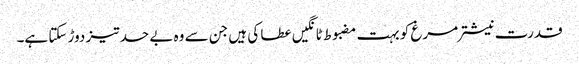
قدرت نیشتر مرغ کو بہت مضبوط ٹانگیں عطا کی ہیں جن سے وہ بے حد تیز دوڑ سکتا ہے۔